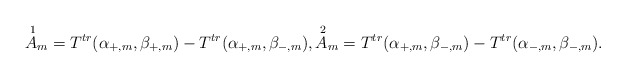
\begin{align*} \overset{\,\,1}{A}_{m}=T^{tr}(\alpha_{+,m},\beta_{+,m})-T^{tr}(\alpha_{+,m},\beta_{-,m}),\overset{\,\,2}{A}_{m}=T^{tr}(\alpha_{+,m},\beta_{-,m})-T^{tr}(\alpha_{-,m},\beta_{-,m}).\end{align*}